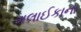
મલાઈકાના